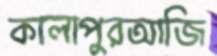
কালাপুরআজি